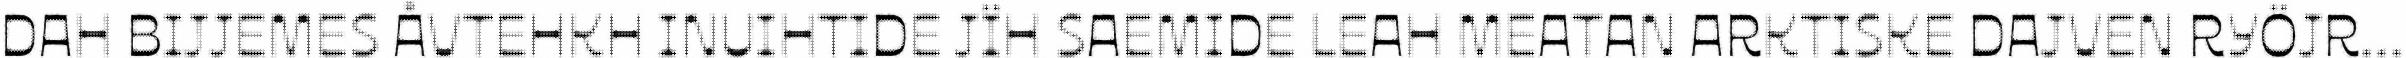
DAH BIJJEMES ÅVTEHKH INUIHTIDE JÏH SAEMIDE LEAH MEATAN ARKTISKE DAJVEN RYÖJR...